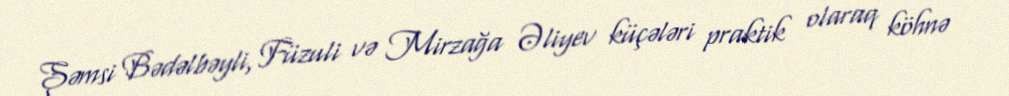
Şəmsi Bədəlbəyli, Füzuli və Mirzağa Əliyev küçələri praktik olaraq köhnə